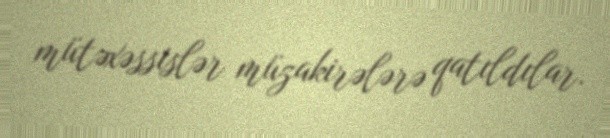
mütəxəssislər müzakirələrə qatıldılar.